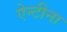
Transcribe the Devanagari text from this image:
ऐन्टीना